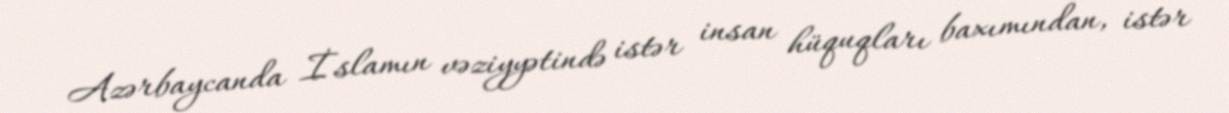
Azərbaycanda İslamın vəziyyətində istər insan hüquqları baxımından, istər